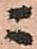
ニ